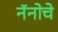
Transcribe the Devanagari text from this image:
नॅनोचे